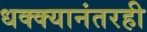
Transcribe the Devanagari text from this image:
धक्क्यानंतरही